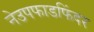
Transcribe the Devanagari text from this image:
नेउपफाडफिंदर